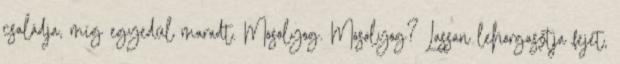
családja, míg egyedül maradt. Mosolyog. Mosolyog? Lassan lehorgasztja fejét,